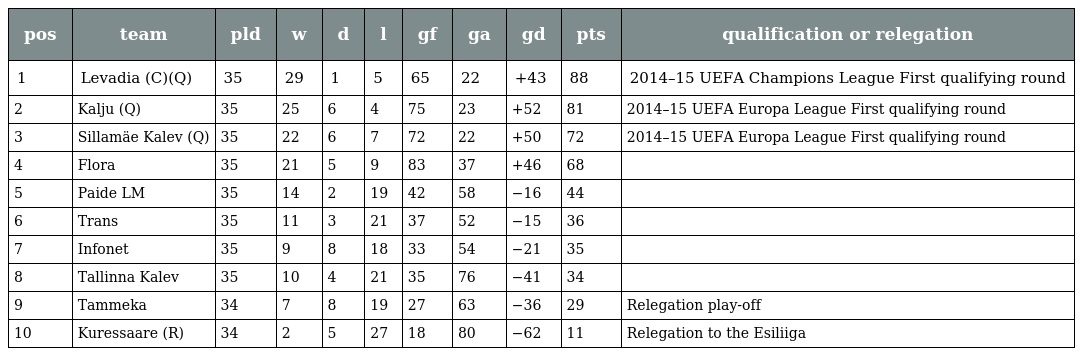
| pos | team | pld | w | d | l | gf | ga | gd | pts | qualification or relegation |
 | --- | --- | --- | --- | --- | --- | --- | --- | --- | --- | --- |
 | 1 | Levadia (C)(Q) | 35 | 29 | 1 | 5 | 65 | 22 | +43 | 88 | 2014–15 UEFA Champions League First qualifying round |
 | 2 | Kalju (Q) | 35 | 25 | 6 | 4 | 75 | 23 | +52 | 81 | 2014–15 UEFA Europa League First qualifying round |
 | 3 | Sillamäe Kalev (Q) | 35 | 22 | 6 | 7 | 72 | 22 | +50 | 72 | 2014–15 UEFA Europa League First qualifying round |
 | 4 | Flora | 35 | 21 | 5 | 9 | 83 | 37 | +46 | 68 |  |
 | 5 | Paide LM | 35 | 14 | 2 | 19 | 42 | 58 | −16 | 44 |  |
 | 6 | Trans | 35 | 11 | 3 | 21 | 37 | 52 | −15 | 36 |  |
 | 7 | Infonet | 35 | 9 | 8 | 18 | 33 | 54 | −21 | 35 |  |
 | 8 | Tallinna Kalev | 35 | 10 | 4 | 21 | 35 | 76 | −41 | 34 |  |
 | 9 | Tammeka | 34 | 7 | 8 | 19 | 27 | 63 | −36 | 29 | Relegation play-off |
 | 10 | Kuressaare (R) | 34 | 2 | 5 | 27 | 18 | 80 | −62 | 11 | Relegation to the Esiliiga |